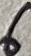
Text: 6